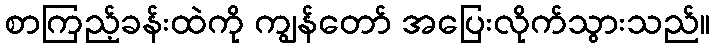
စာကြည့်ခန်းထဲကို ကျွန်တော် အပြေးလိုက်သွားသည်။